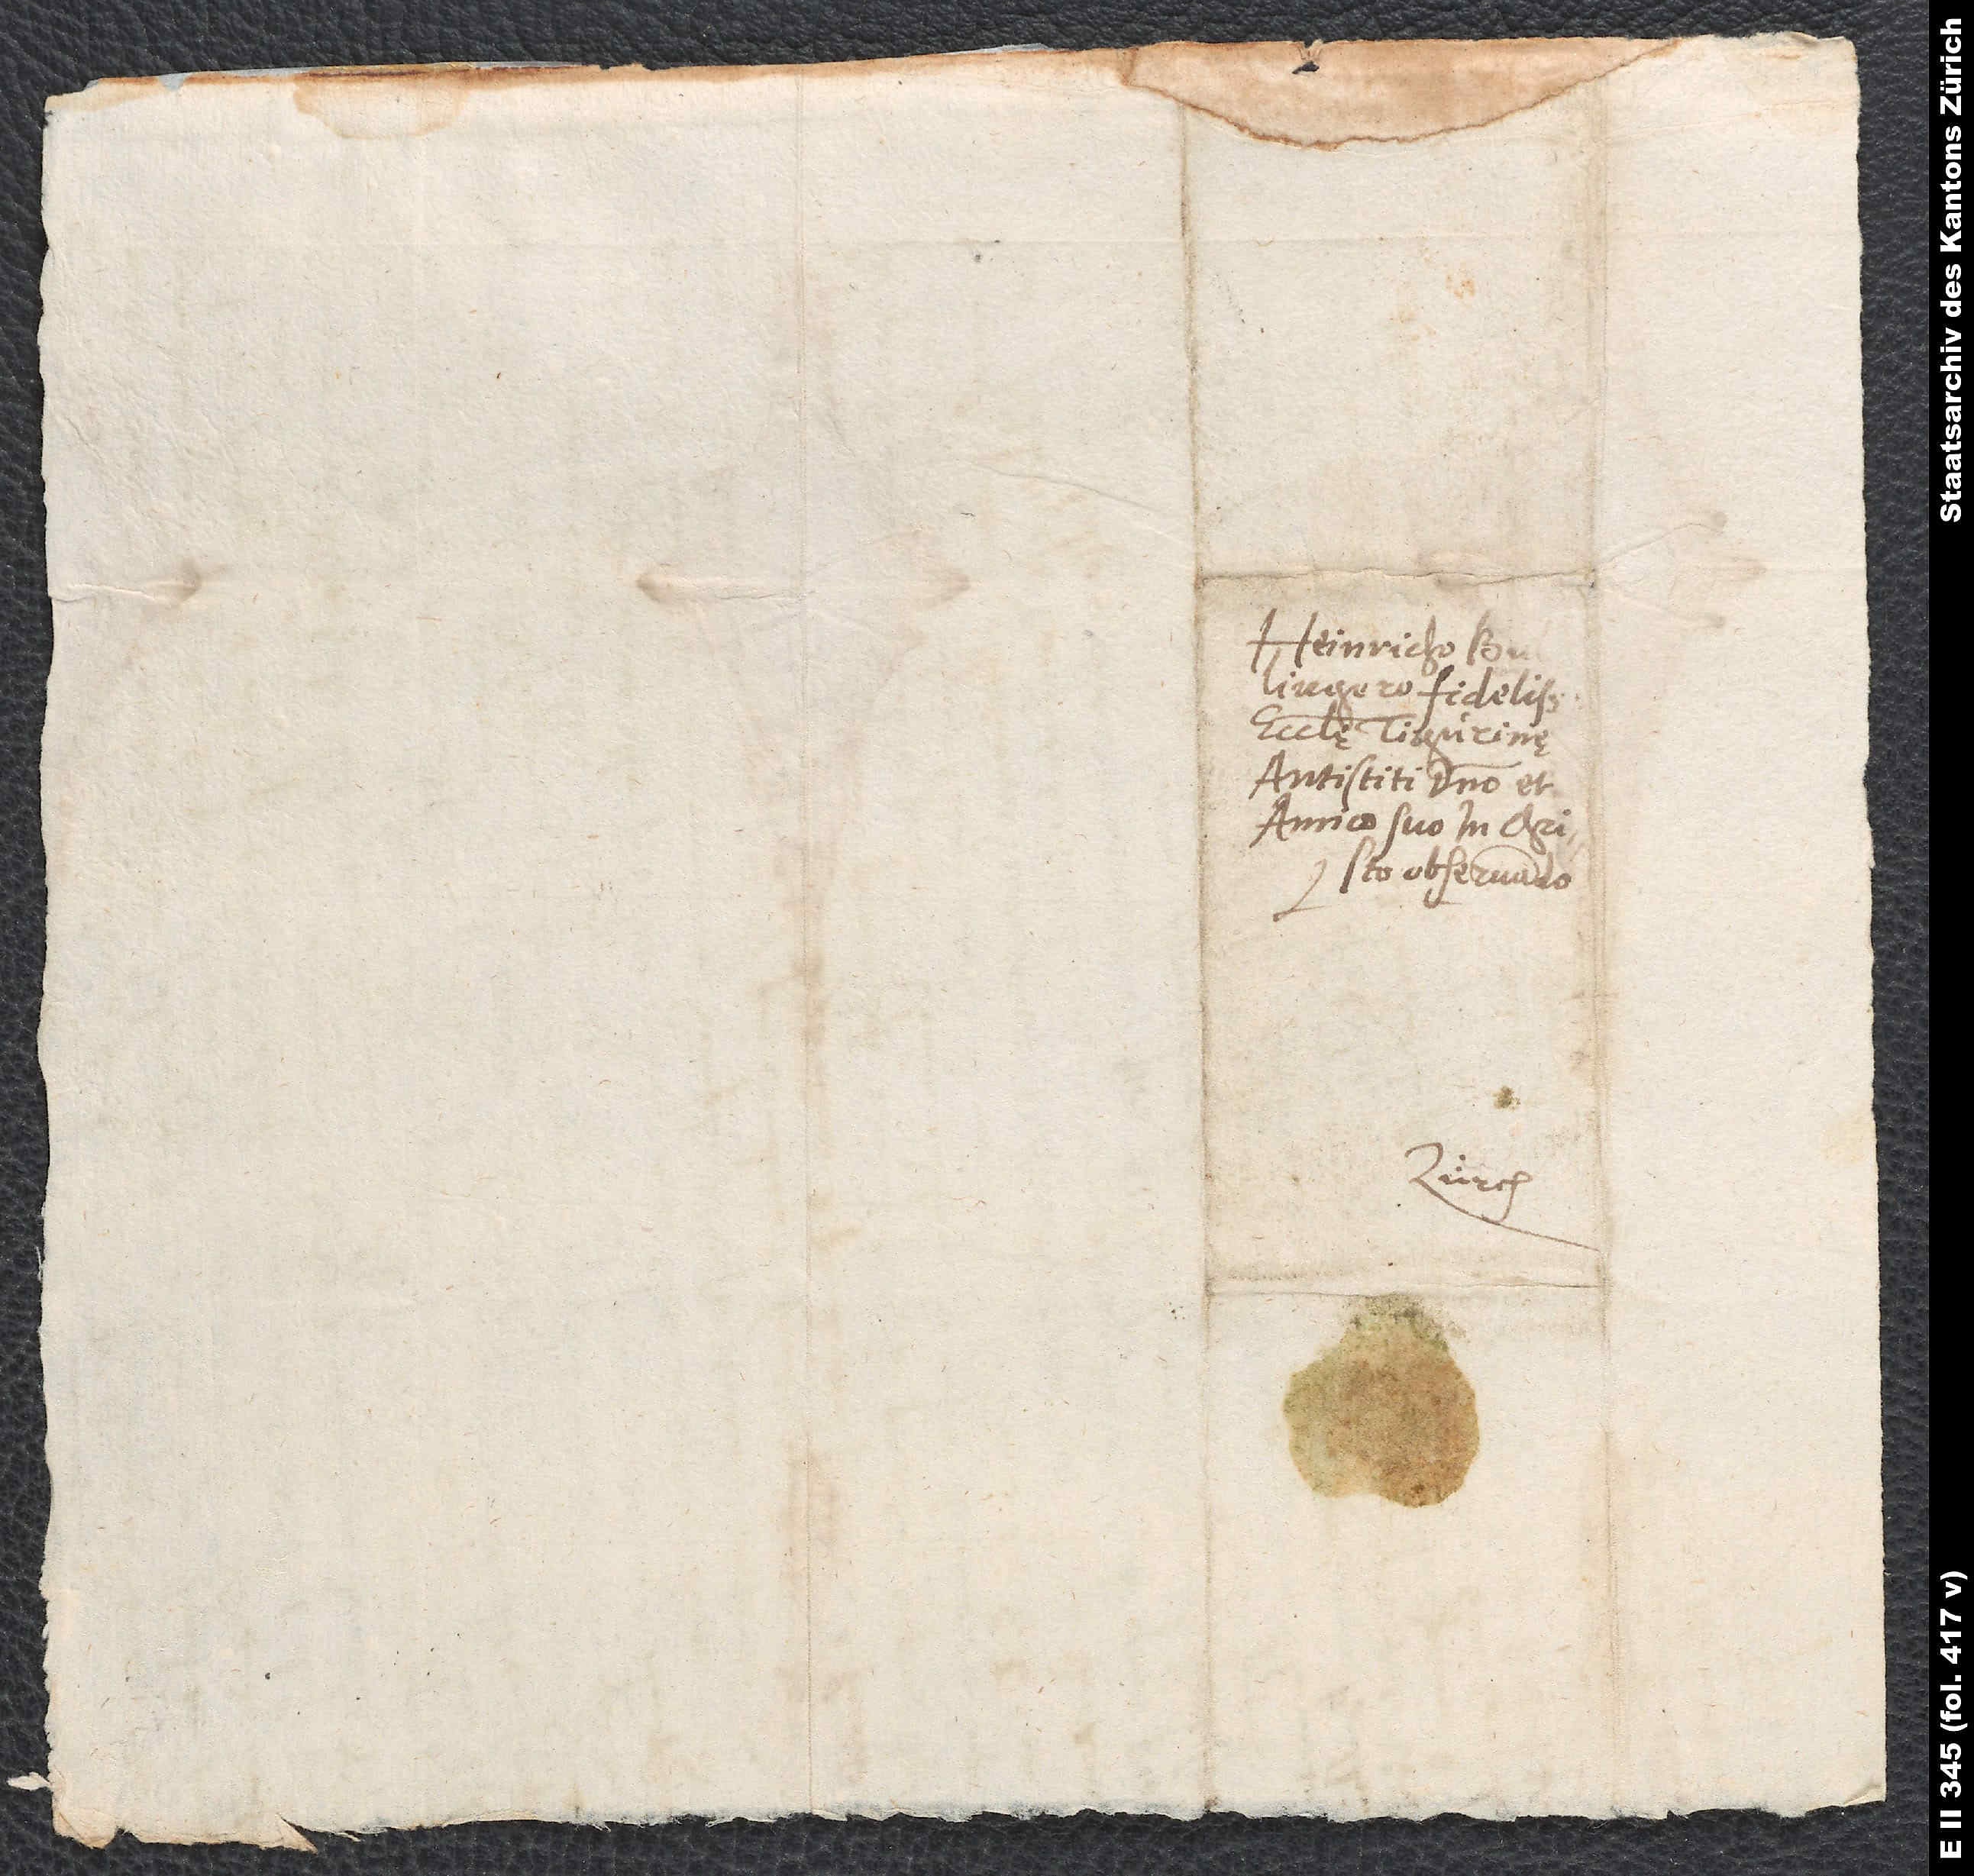
Heinricho
ecclesię Tigurine
antistiti, domino et
amico suo in Christo
observando.
Zürch.